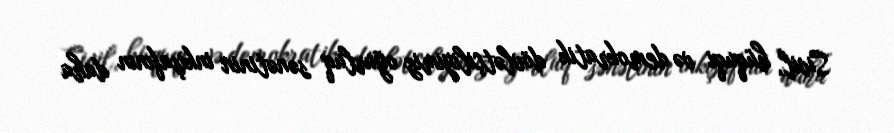
Sivil, hüquqi və demokratik dövlətçiliyimiz oğurluq sənətinin inkişafının daha